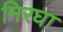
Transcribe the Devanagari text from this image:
मिरघा